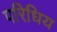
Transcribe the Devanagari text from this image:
परिधिय